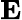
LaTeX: {\textbf E}